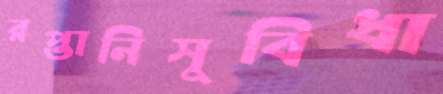
রপ্তানিসুবিধা